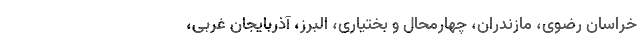
خراسان رضوی، مازندران، چهارمحال و بختیاری، البرز، آذربایجان غربی،